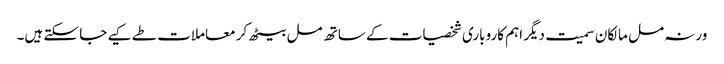
ورنہ مل مالکان سمیت دیگر اہم کاروباری شخصیات کے ساتھ مل بیٹھ کر معاملات طے کیے جا سکتے ہیں۔